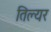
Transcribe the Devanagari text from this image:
तिल्यर